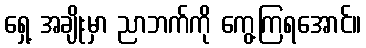
ရှေ့ အချိုးမှာ ညာဘက်ကို ကွေ့ကြရအောင်။